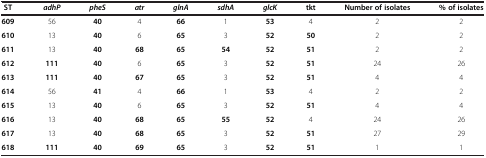
<table><thead><tr><td><b>ST</b></td><td><b><i>adhP</i></b></td><td><b><i>pheS</i></b></td><td><b><i>atr</i></b></td><td><b><i>glnA</i></b></td><td><b><i>sdhA</i></b></td><td><b><i>glcK</i></b></td><td><b>tkt</b></td><td><b>Number of isolates</b></td><td><b>% of isolates</b></td></tr></thead><tbody><tr><td><b>609</b></td><td>56</td><td><b>40</b></td><td>4</td><td><b>66</b></td><td>1</td><td><b>53</b></td><td>4</td><td>2</td><td>2</td></tr><tr><td><b>610</b></td><td>13</td><td><b>40</b></td><td>6</td><td><b>65</b></td><td>3</td><td><b>52</b></td><td><b>50</b></td><td>2</td><td>2</td></tr><tr><td><b>611</b></td><td>13</td><td><b>40</b></td><td><b>68</b></td><td><b>65</b></td><td><b>54</b></td><td><b>52</b></td><td><b>51</b></td><td>2</td><td>2</td></tr><tr><td><b>612</b></td><td><b>111</b></td><td><b>40</b></td><td>6</td><td><b>65</b></td><td>3</td><td><b>52</b></td><td><b>51</b></td><td>24</td><td>26</td></tr><tr><td><b>613</b></td><td><b>111</b></td><td><b>40</b></td><td><b>67</b></td><td><b>65</b></td><td>3</td><td><b>52</b></td><td><b>51</b></td><td>4</td><td>4</td></tr><tr><td><b>614</b></td><td>56</td><td><b>41</b></td><td>4</td><td><b>66</b></td><td>1</td><td><b>53</b></td><td>4</td><td>2</td><td>2</td></tr><tr><td><b>615</b></td><td>13</td><td><b>40</b></td><td>6</td><td><b>65</b></td><td>3</td><td><b>52</b></td><td><b>51</b></td><td>4</td><td>4</td></tr><tr><td><b>616</b></td><td>13</td><td><b>40</b></td><td><b>68</b></td><td><b>65</b></td><td><b>55</b></td><td><b>52</b></td><td>4</td><td>24</td><td>26</td></tr><tr><td><b>617</b></td><td>13</td><td><b>40</b></td><td><b>68</b></td><td><b>65</b></td><td>3</td><td><b>52</b></td><td><b>51</b></td><td>27</td><td>29</td></tr><tr><td><b>618</b></td><td><b>111</b></td><td><b>40</b></td><td><b>69</b></td><td><b>65</b></td><td>3</td><td><b>52</b></td><td><b>51</b></td><td>1</td><td>1</td></tr></tbody></table>